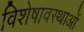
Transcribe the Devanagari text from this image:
विशेषावस्थाओं